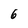
Character: 6